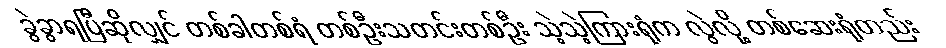
ခွဲခွာရပြီဆိုလျှင် တစ်ခါတစ်ရံ တစ်ဦးသတင်းတစ်ဦး သဲ့သဲ့ကြားရုံက လွဲလို့ တစ်ဆေးရုံတည်း